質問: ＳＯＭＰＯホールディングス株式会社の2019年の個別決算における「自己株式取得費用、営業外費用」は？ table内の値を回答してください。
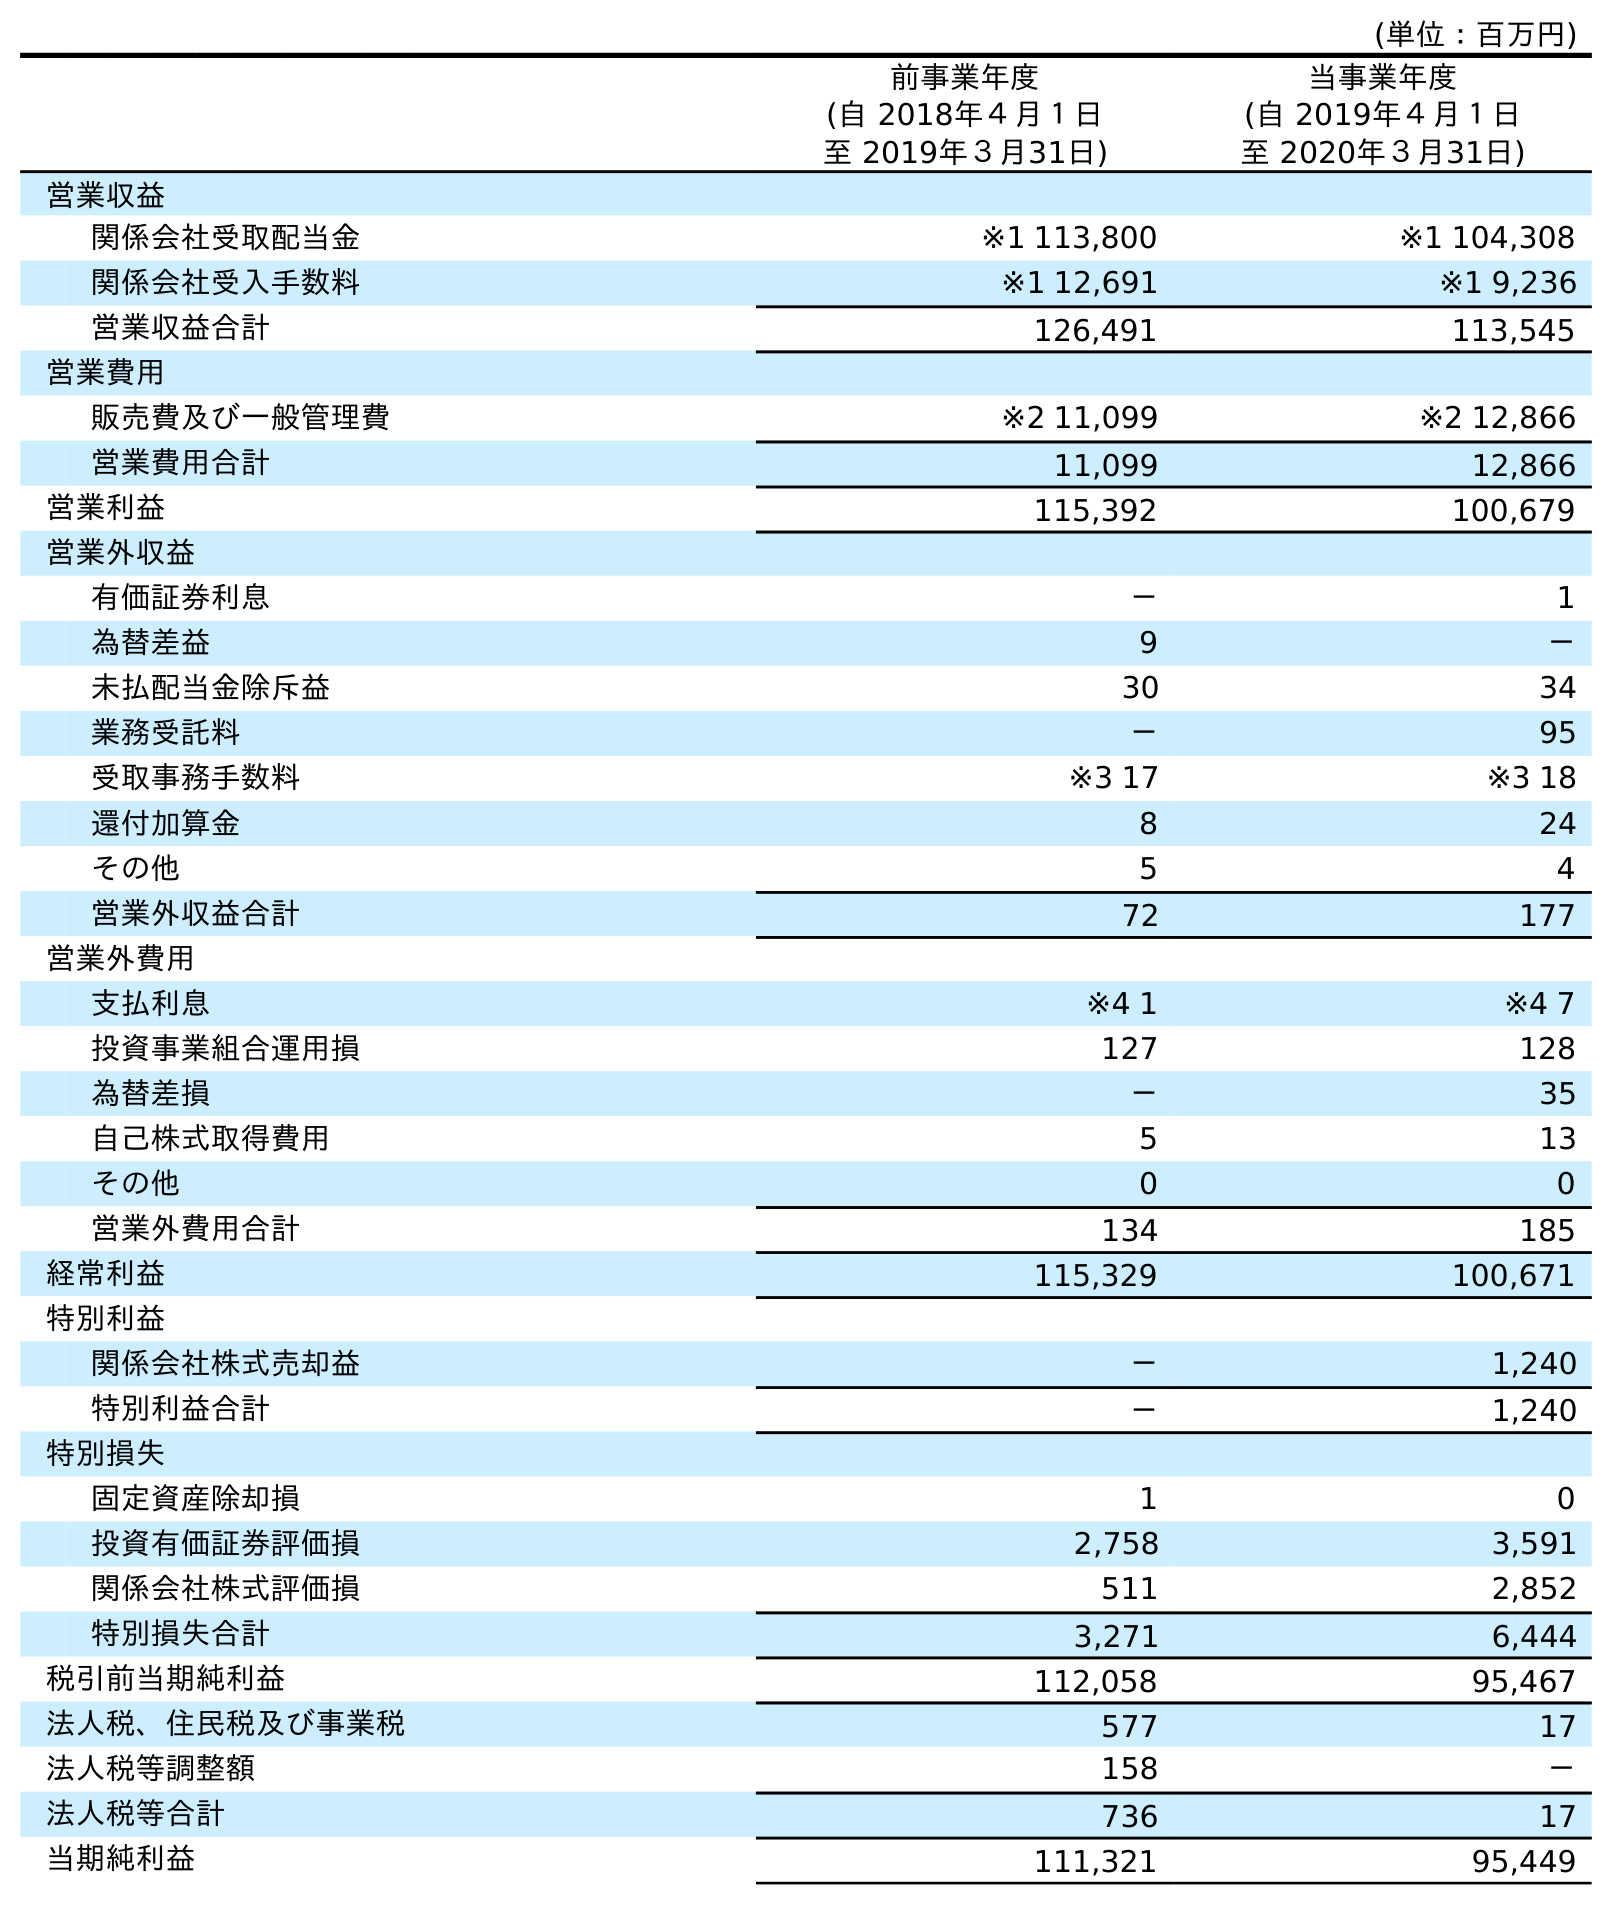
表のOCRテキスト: (単位：百万円) 前事業年度 (自 2018年４月１日 至 2019年３月31日) 当事業年度 (自 2019年４月１日 至 2020年３月31日) 営業収益 関係会社受取配当金 ※1 113,800 ※1 104,308 関係会社受入手数料 ※1 12,691 ※1 9,236 営業収益合計 126,491 113,545 営業費用 販売費及び一般管理費 ※2 11,099 ※2 12,866 営業費用合計 11,099 12,866 営業利益 115,392 100,679 営業外収益 有価証券利息 － 1 為替差益 9 － 未払配当金除斥益 30 34 業務受託料 － 95 受取事務手数料 ※3 17 ※3 18 還付加算金 8 24 その他 5 4 営業外収益合計 72 177 営業外費用 支払利息 ※4 1 ※4 7 投資事業組合運用損 127 128 為替差損 － 35 自己株式取得費用 5 13 その他 0 0 営業外費用合計 134 185 経常利益 115,329 100,671 特別利益 関係会社株式売却益 － 1,240 特別利益合計 － 1,240 特別損失 固定資産除却損 1 0 投資有価証券評価損 2,758 3,591 関係会社株式評価損 511 2,852 特別損失合計 3,271 6,444 税引前当期純利益 112,058 95,467 法人税、住民税及び事業税 577 17 法人税等調整額 158 － 法人税等合計 736 17 当期純利益 111,321 95,449
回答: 5